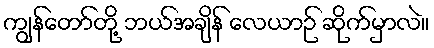
ကျွန်တော်တို့ ဘယ်အချိန် လေယာဉ် ဆိုက်မှာလဲ။